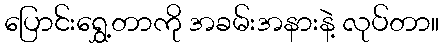
ပြောင်းရွှေ့တာကို အခမ်းအနားနဲ့ လုပ်တာ။